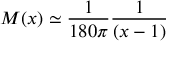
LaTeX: M ( x ) \simeq { \frac { 1 } { 1 8 0 \pi } } { \frac { 1 } { ( x - 1 ) } }